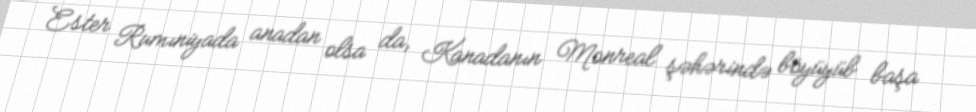
Ester Rumıniyada anadan olsa da, Kanadanın Monreal şəhərində böyüyüb başa